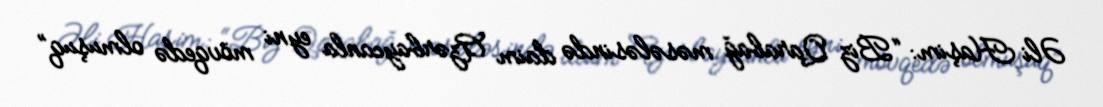
Əli Haşim: “Biz Qarabağ məsələsində daim Azərbaycanla eyni mövqedə olmuşuq”